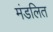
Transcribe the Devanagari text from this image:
मंडलित